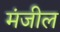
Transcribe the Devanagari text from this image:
मंजील